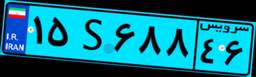
۱۵S۶۸۸۴۶